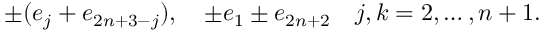
\pm ( e _ { j } + e _ { 2 n + 3 - j } ) , \quad \pm e _ { 1 } \pm e _ { 2 n + 2 } \quad j , k = 2 , \ldots , n + 1 .